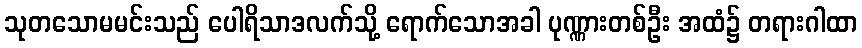
သုတသောမမင်းသည် ပေါရိသာဒလက်သို့ ရောက်သောအခါ ပုဏ္ဏားတစ်ဦး အထံ၌ တရားဂါထာ